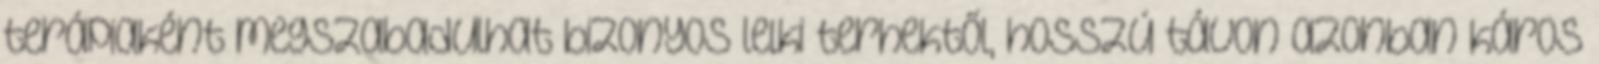
terápiaként megszabadulhat bizonyos lelki terhektől, hosszú távon azonban káros